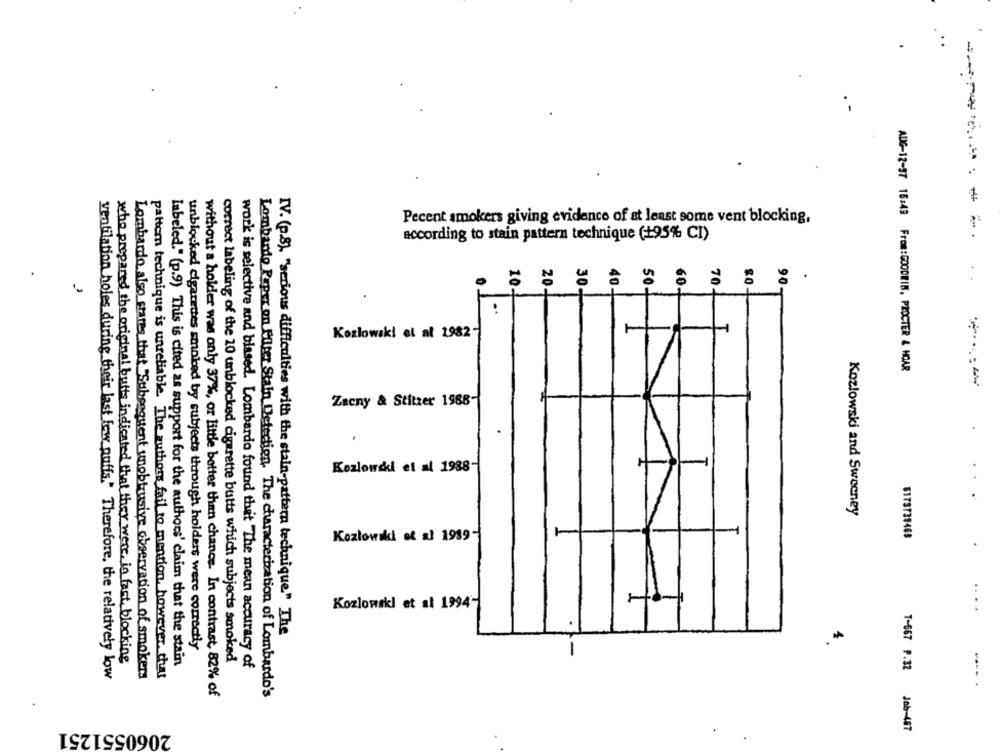
Pecent smokers giving evidence of at least some vent blocking,
according to stain pattern technique (+95% CI)
Kozlowski et al 1982-
AUG-12-37 18:43 From:GOODWIN, PROCTER & HCAR
Zacny & Stitzer 1988-
IV. (p.8). "serious difficulties with the stain-
Kozlowski et al 1988-
Kozlowski and Sweeney
Kozłowski et al 1989-
6173739468
..
Kozlowski et al 1994-
stain-pattern technique" The
unblocked cigarettes smoked by subjects through holders were correctly
who prepared the original butt indicated that they were, in fact, blocking
correct labeling of the 10 unblocked cigarette butts which subjects smoked
labeled." (p.9) This is cited as support for the authors' claim that the stain
work is selective and biased. Lombardo found that The mean accuracy of
T-667 P.32
ventilation holes during their last few puffs." Therefore, the relatively low
Lombardo also states that "Subsequent unobtrusive observation of smokers
pattern technique is unreliable. The authors fail to mention, however, that
---- .
without a holder was only 37%, or little better than chance. In contrast, 82% of
Lombardo Paper on Roter Stain Detection. The characterization of Lombardo's
2060551251
Job-487